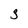
Character: 3